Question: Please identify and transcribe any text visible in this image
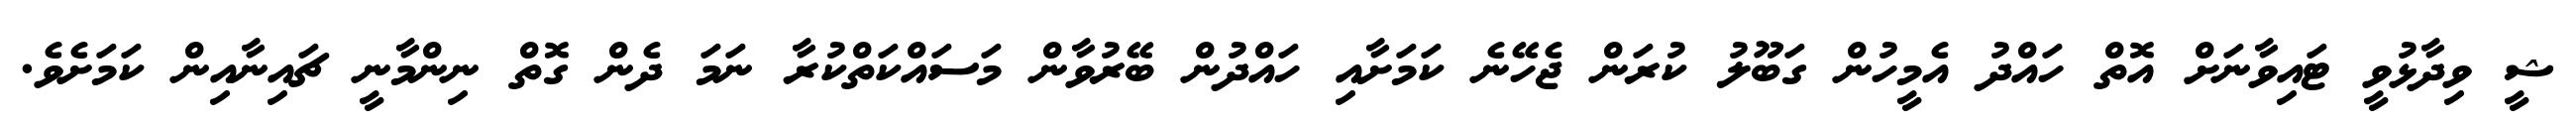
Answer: ޝީ ވިދާޅުވީ ޓައިވާނަށް އޮތް ހައްދު އެމީހުން ގަބޫލު ކުރަން ޖެހޭނެ ކަމަށާއި ހައްދުން ބޭރުވާން މަސައްކަތްކުރާ ނަމަ ދެން ގޮތް ނިންމާނީ ޗައިނާއިން ކަމަށެވެ.